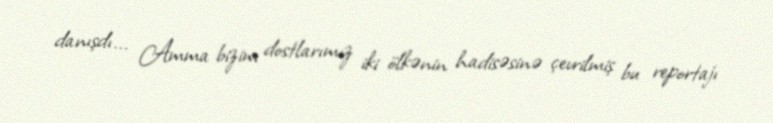
danışdı... Amma bizim dostlarımız iki ölkənin hadisəsinə çevrilmiş bu reportajı